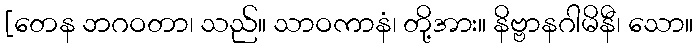
[တေန ဘဂဝတာ၊ သည်။ သာဝကာနံ၊ တို့အား။ နိဗ္ဗာနဂါမိနီ၊ သော။